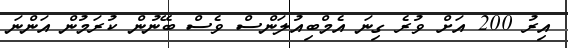
އިރު 200 އަށް ވުރެ ގިނަ އެމްބިއުލަންސް ވެސް ބޭނުން ކުރަމުން އަންނަ